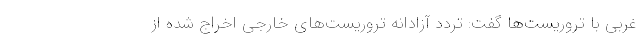
غربی با تروریست‌ها گفت: تردد آزادانه تروریست‌های خارجی اخراج شده از